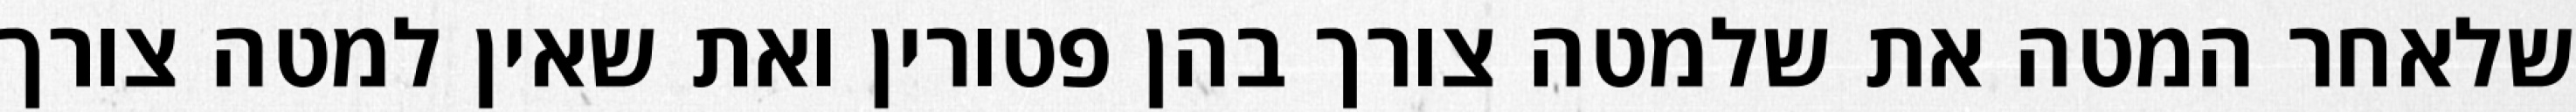
שלאחר המטה את שלמטה צורך בהן פטורין ואת שאין למטה צורך